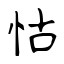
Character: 怙